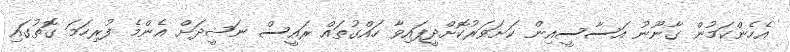
އެހެންކަމުން ގާނޫނު އަސާސީއިން ކަށަވަރުކޮށްދީފައިވާ ހައްގުތައް ރައީސް ނަޝީދަށް އެންމެ ފުރިހަމަ ގޮތުގައި